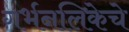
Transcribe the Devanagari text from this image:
गर्भनलिकेचे